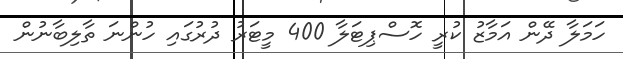
ހަމަލާ ދޭން އަމާޒު ކުރީ ހޮސްޕިޓަލާ 400 މީޓަރު ދުރުގައި ހުންނަ ތާލިބާނުން